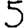
Digit: 5